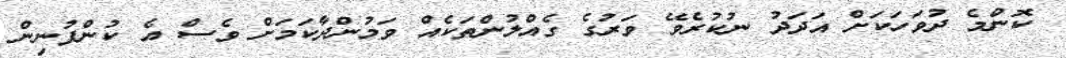
ކޮންމެ ދުވަހަކަށް އަދަދު ނުކުރެވޭ ވަރުގެ ގެއްލުންތަކެއް ވަމުންދާކަމަށް ވެސް އެ ކުންފުނިން